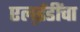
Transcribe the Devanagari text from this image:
एल्‌ईडींचा